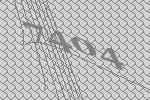
7404